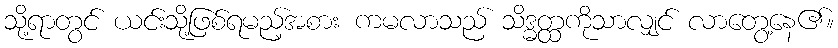
သို့ရာတွင် ယင်းသို့ဖြစ်ရမည့်အစား ကမလာသည် သိဒ္ဓတ္ထကိုသာလျှင် လာတွေ့နေ၏။